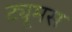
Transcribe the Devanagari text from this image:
ट्यूमस